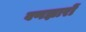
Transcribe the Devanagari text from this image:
वणझारों